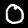
Label: 0